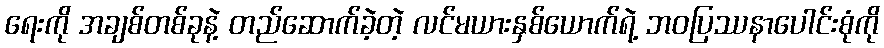
ရေးကို အချစ်တစ်ခုနဲ့ တည်ဆောက်ခဲ့တဲ့ လင်မယားနှစ်ယောက်ရဲ့ ဘဝပြဿနာပေါင်းစုံကို